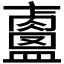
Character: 𥃐